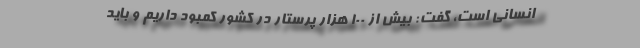
انسانی است، گفت: بیش از 100 هزار پرستار در کشور کمبود داریم و باید